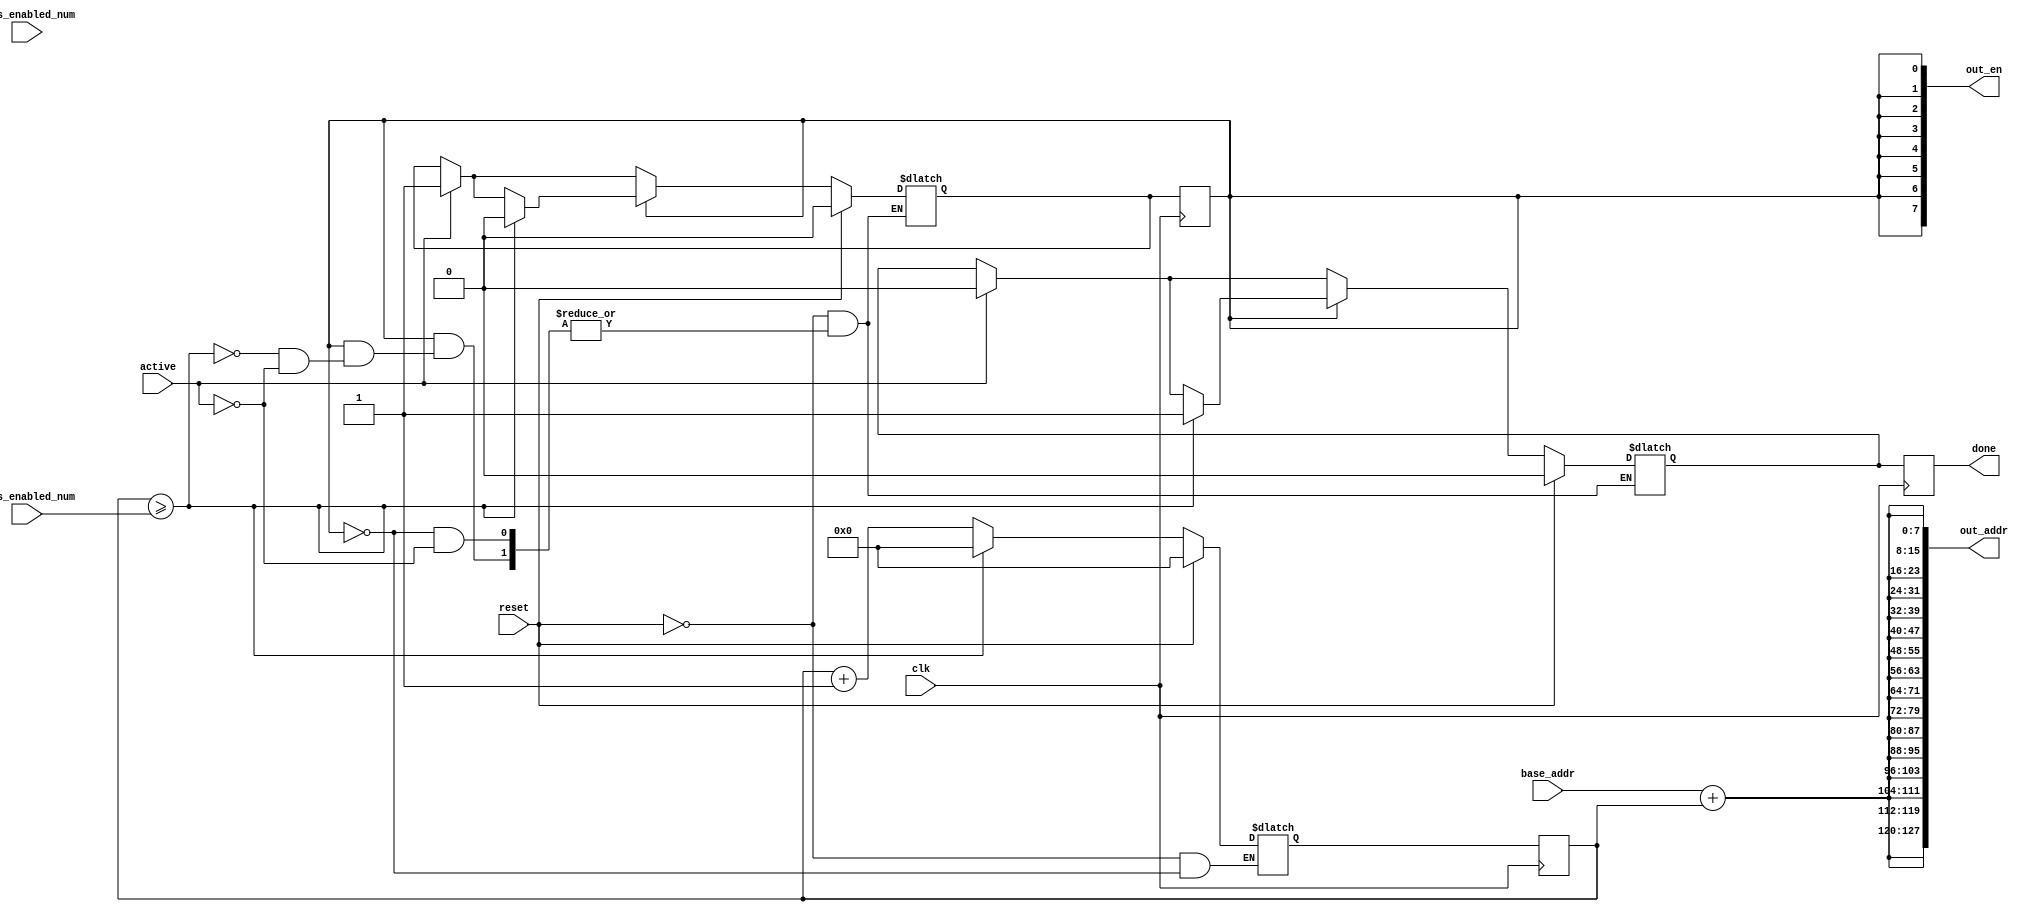
`timescale 1ns / 1ps


module master_mem_ctrl(
    
    clk,
    reset,
    active,
    base_addr,
    rows_enabled_num,
    cols_enabled_num,
    out_addr,
    out_en,
    done
    
);
    
    parameter  ADDR_WIDTH     = 8;
    parameter  WIDTH_HEIGHT   = 16;
    localparam ADDR_OUT_WIDTH = ADDR_WIDTH * WIDTH_HEIGHT;
    
    input clk , reset , active;
    input [ADDR_WIDTH-1 : 0] base_addr;
    input [$clog2(WIDTH_HEIGHT)-1 : 0] rows_enabled_num , cols_enabled_num;
    
    output reg done;
    output wire [ADDR_WIDTH-1 : 0] out_en;
    output wire  [ADDR_OUT_WIDTH-1 : 0] out_addr;
    
    reg start , start_r , done_r;
    reg [$clog2(WIDTH_HEIGHT)-1 : 0] count , count_r;
    
    assign out_en = {WIDTH_HEIGHT{start}};
    assign out_addr = {WIDTH_HEIGHT{base_addr + count}};
    
    always@(posedge clk)
    begin
        
        count <= count_r;
        start <= start_r;
        done  <= done_r;
        
    end
    
    
    always@(*)
    begin
        
        if(active)
        begin
        
            start_r = 1'b1;
            done_r  = 0;
        
        end
        
        if(start)
        begin
        
            
            count_r  = count + 1;
            
            if(count >= rows_enabled_num)
            begin
                
                count_r = 0;
                done_r  = 1;
                start_r = 0;
            
            end
        
        end
        
        if(reset)
        begin
            
            count_r = 0;
            done_r  = 0;
            start_r = 0;
        
        end
    
    end

endmodule